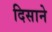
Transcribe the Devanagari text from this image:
दिसाने